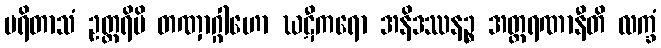
ပရိတာသံ ဥတ္တရိပိ တဏှာဂ္ဂါဟော ဃဋီကရော အနိဒဿနဉ္စ အတ္ထရဏာနီတိ လက္ခံ